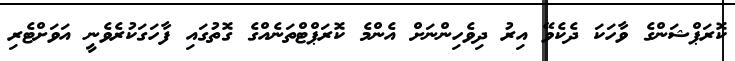
ކޮރަޕްޝަންގެ ވާހަކަ ދެކެވޭ އިރު ދިވެހިންނަށް އެންމެ ކޮރަޕްޓްތަނެއްގެ ގޮތުގައި ފާހަގަކުރެވެނީ އަވަށްޓެރި